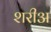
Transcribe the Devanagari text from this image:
शरीअ